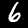
Digit: 6